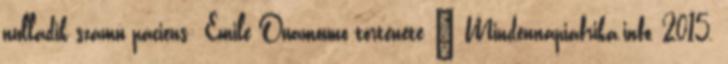
nulladik számú páciens: Emile Ouamouno története – Mindennapiafrika.info, 2015.